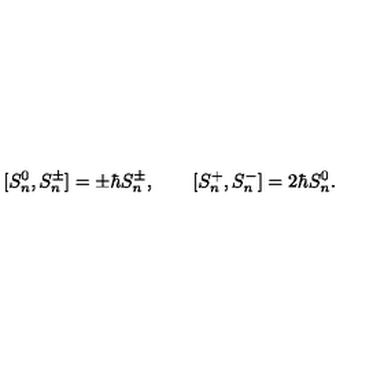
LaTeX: [ S _ { n } ^ { 0 } , S _ { n } ^ { \pm } ] = \pm \hbar S _ { n } ^ { \pm } , \qquad [ S _ { n } ^ { + } , S _ { n } ^ { - } ] = 2 \hbar S _ { n } ^ { 0 } .